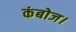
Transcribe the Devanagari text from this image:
कंबोज।